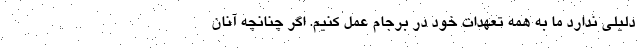
دلیلی ندارد ما به همه تعهدات خود در برجام عمل کنیم. اگر چنانچه آنان